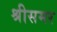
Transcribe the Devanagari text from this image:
श्रीसमर